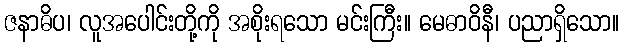
ဇနာဓိပ၊ လူအပေါင်းတို့ကို အစိုးရသော မင်းကြီး။ မေဓာဝိနီ၊ ပညာရှိသော။